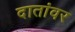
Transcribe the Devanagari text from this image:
दातांवर